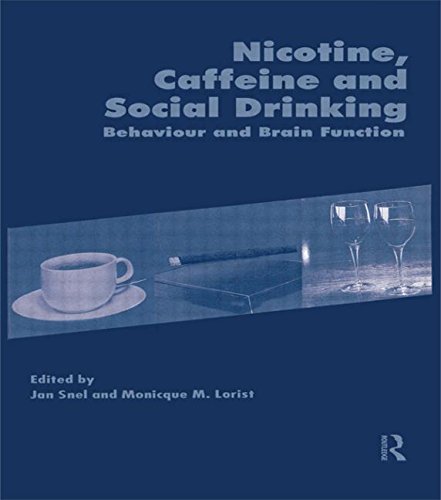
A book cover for Nicotine, Caffeine and Social Drinking: Behaviour and Brain Function; Monicque Lorist; Health, Fitness & Dieting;